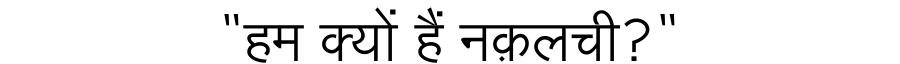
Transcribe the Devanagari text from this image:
"हम क्यों हैं नक़लची?"